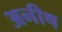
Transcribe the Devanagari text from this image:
अनीष